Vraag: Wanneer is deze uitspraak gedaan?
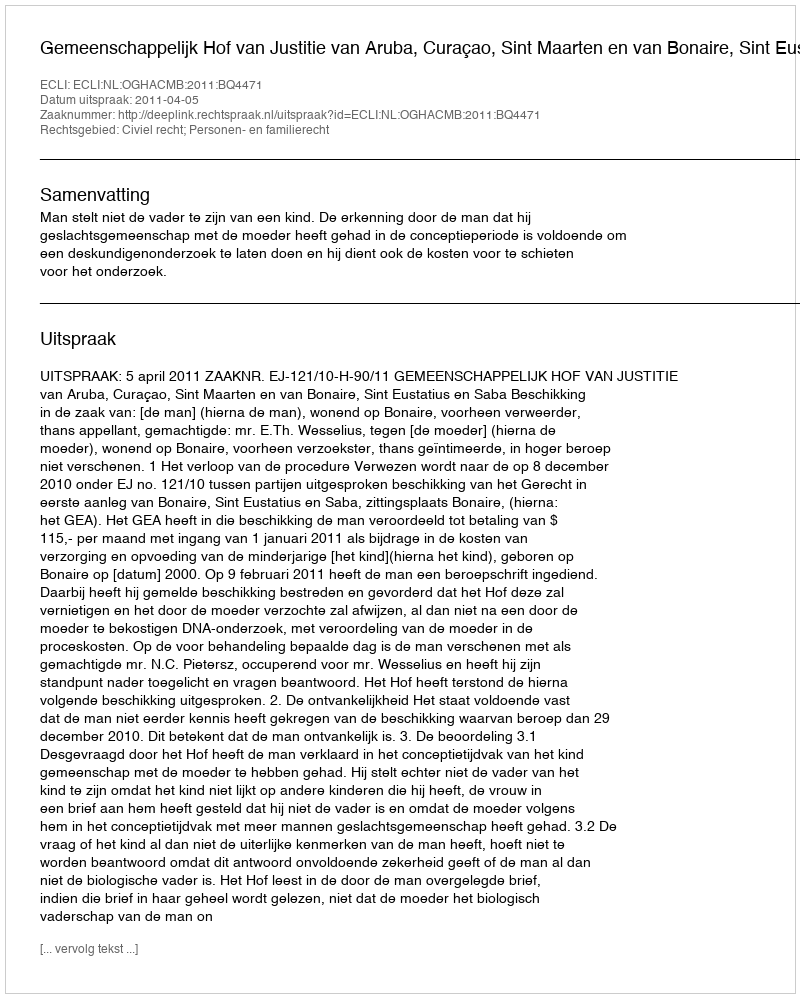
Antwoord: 2011-04-05